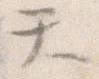
て